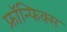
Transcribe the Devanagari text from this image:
फ्रॉन्फिक्स